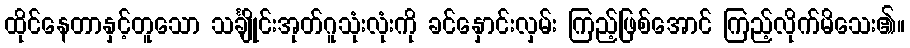
ထိုင်နေတာနှင့်တူသော သင်္ချိုင်းအုတ်ဂူသုံးလုံးကို ခင်နှောင်းလှမ်း ကြည့်ဖြစ်အောင် ကြည့်လိုက်မိသေး၏။